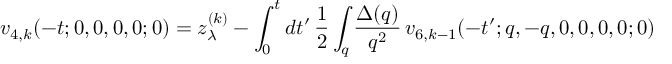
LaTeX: v _ { 4 , k } ( - t ; 0 , 0 , 0 , 0 ; 0 ) = z _ { \lambda } ^ { ( k ) } - \int _ { 0 } ^ { t } d t ^ { \prime } \, \frac { 1 } { 2 } \int _ { q } \frac { \Delta ( q ) } { q ^ { 2 } } \, v _ { 6 , k - 1 } ( - t ^ { \prime } ; q , - q , 0 , 0 , 0 , 0 ; 0 )